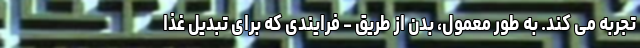
تجربه می کند. به طور معمول، بدن از طریق - فرایندی که برای تبدیل غذا